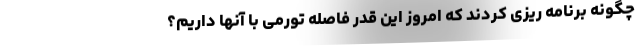
چگونه برنامه ریزی کردند که امروز این قدر فاصله تورمی با آنها داریم؟